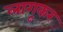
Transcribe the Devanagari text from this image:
लागूकर